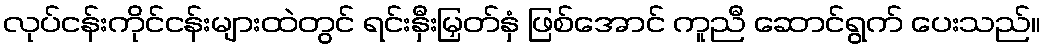
လုပ်ငန်းကိုင်ငန်းများထဲတွင် ရင်းနှီးမြှတ်နှံ ဖြစ်အောင် ကူညီ ဆောင်ရွက် ပေးသည်။